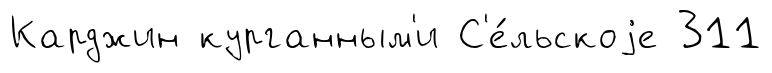
Карджин курганным'и С'е́льскоjе 311